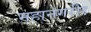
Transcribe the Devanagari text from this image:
महानगरीर